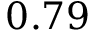
0 . 7 9